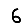
Digit: 6